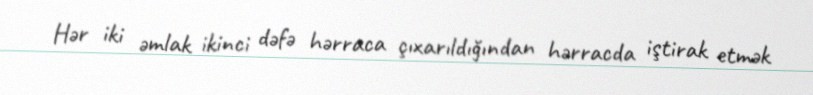
Hər iki əmlak ikinci dəfə hərraca çıxarıldığından hərracda iştirak etmək